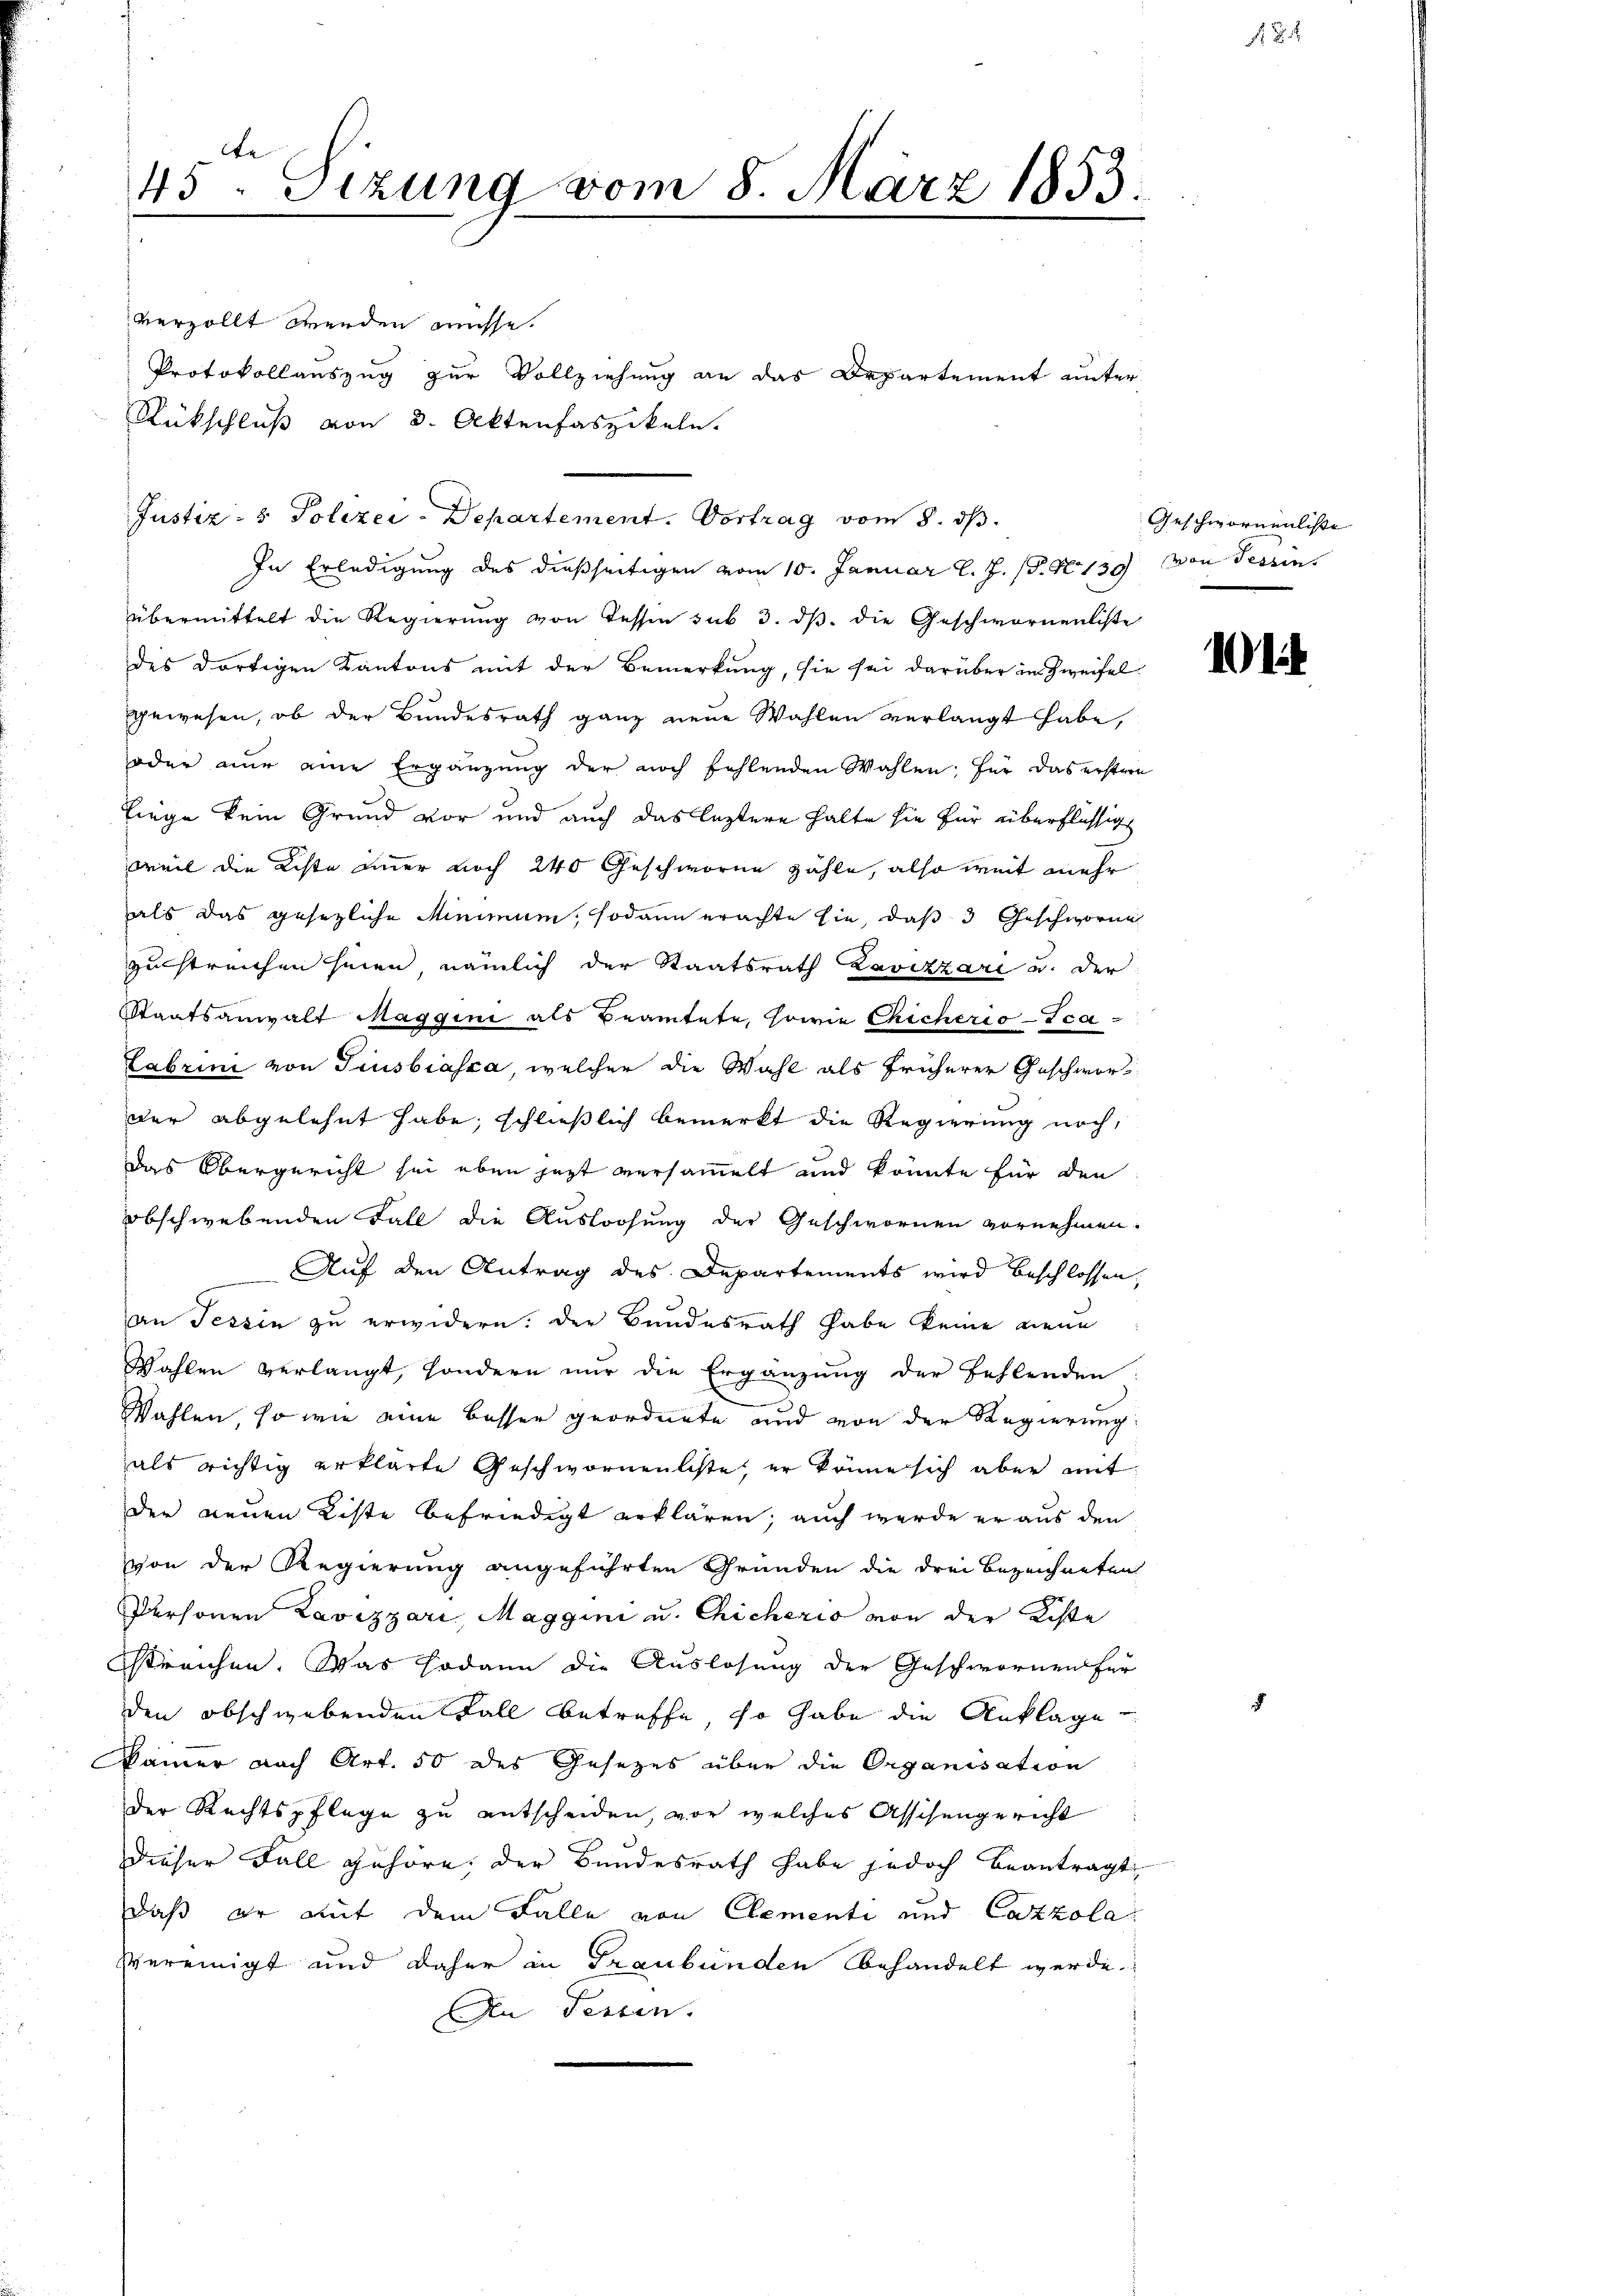
t
45. Sizung vom 8. März 1853.

verzollt werden müsse.
Protokollauszug zur Vollziehung an das Departement unter
Rückschluß von 3. Aktenfaszikeln.
In Erledigung des dießseitigen vom 10. Januar l. J. (T. N. 139 von Tessin.
übermittelt die Regierŭng von Tessin sub 3. dβ. die Geschwornenliste
des dortigen Kantons mit der Bemerkung, sie sei darüber in Zweifel
Ggewesen, ob der Bundesrath ganz neue Wahlen verlangt habe,
oder nur eine Ergänzung der noch fehlenden Wahlen; für das erstern
liege kein Grund vor und auch das leztere halte sie für überflüssig
weil die Liste immer noch 240 Geschworne zähle, also weit mehr
als das gesezliche Minimum, sodann erachte sie, daß 3 Geschworne
zustreichen seien, nämlich der Staatsrath Lavizzari u. der
Staatsanwalt Maggini als Beamtete, sowie Chicherio-Ica¬
Fabrini von Trusbiasca, welcher die Wahl als früherer Geschworder abgelehnt habe, schließlich bemerkt die Regierung noch,
Das Obergericht sei eben jetzt versammelt und könnte für den
obschwebenden Fall die Ausloosung der Geschwornen vornehmen.
Auf den Antrag des Departements wird beschlossen
an Tessin zu erwidern. Der Bundesrath habe keine neue
Wahlen verlangt, sondern nur die Ergänzung der Fehlenden
e
Wahlen, so wie eine besser geordnete und von der Regierung:
als richtig erklärte Geschwornenliste, er könne sich aber mit
der neuen Liste befriedigt erklären; auch werde er aus den
von der Regierung angeführten Gründen die drei Bezeichneten
Personen Lavizzari, Maggini u. Chicheris von der Kiste
streichen. Was sodann die Auslösung der Geschwornen für
den obschwebenden Fall betreffe, so habe die Anklage
Kamer nach Art. 50 des Gesetzes über die Organisation
der Rechtspflege zu entscheiden, vor welches Assisengericht
dieser Fall gehöre, der Bundesrath habe jedoch beantragt,
daß er mit dem Falle von Elementi und Cazzola
svereinigt und daher in Graubünden behandelt werde.
Den Fessen.

Justiz- & Polizei-Departement. Vortrag vom 8. ds.

Geschwornenliste |

it